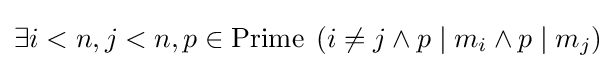
\exists i<n,j<n,p\in \mathrm {Prime} \;\left(i\neq j\land p\mid m_{i}\land p\mid m_{j}\right)